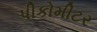
પીકોમીટર